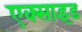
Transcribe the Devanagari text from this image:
एक्साइड